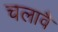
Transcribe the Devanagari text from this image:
चलावै